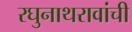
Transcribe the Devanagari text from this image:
रघुनाथरावांची